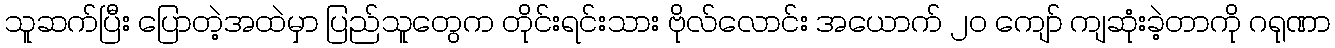
သူဆက်ပြီး ပြောတဲ့အထဲမှာ ပြည်သူတွေက တိုင်းရင်းသား ဗိုလ်လောင်း အယောက် ၂၀ ကျော် ကျဆုံးခဲ့တာကို ဂရုဏာ